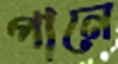
পানে